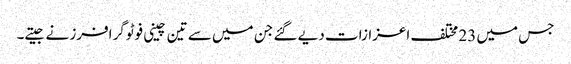
جس میں 23 مختلف اعزازات دیے گئے جن میں سے تین چینی فوٹوگرافرز نے جیتے۔